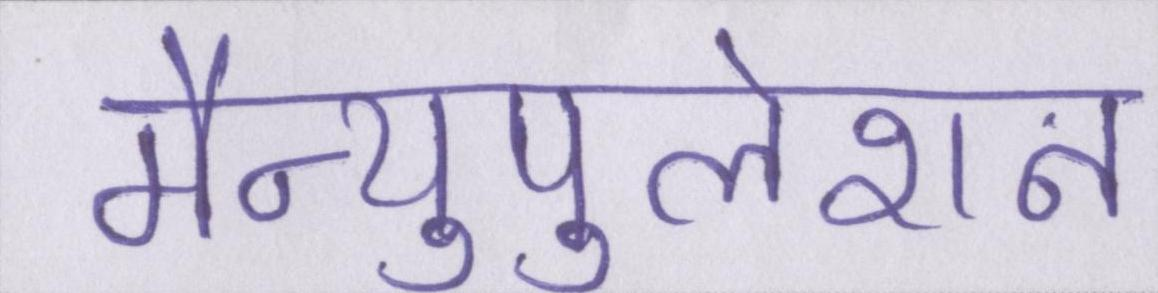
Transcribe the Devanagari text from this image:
मैन्युपुलेशन